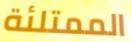
الممتلئة